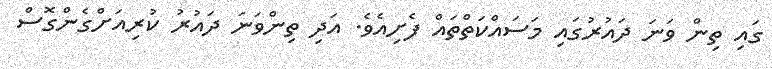
ގައި ތިން ވަނަ ދައުރުގައި މަސައްކަތްތައް ފެށިއެވެ. އަދި ތިންވަނަ ދައުރު ކުރިއަށްގެންގޮސް